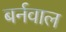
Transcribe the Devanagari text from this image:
बर्नवाल